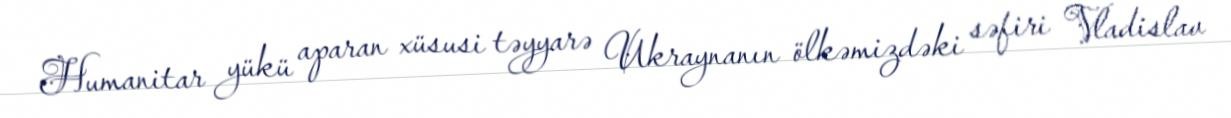
Humanitar yükü aparan xüsusi təyyarə Ukraynanın ölkəmizdəki səfiri Vladislav